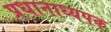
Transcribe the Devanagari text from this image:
प्रधानाध्यपक